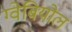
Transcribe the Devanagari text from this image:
ग्वेबियोल